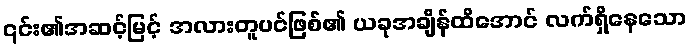
၎င်း၏အဆင့်မြင့် အလားတူပင်ဖြစ်၏ ယခုအချိန်ထိအောင် လက်ရှိနေသော